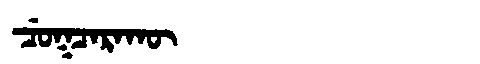
Manchu: ᠴᡠᡴᠴᠠᡵᠠᡴᡡ
Romanization: CUKCARAKŪ